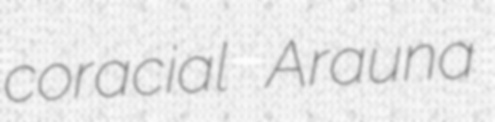
coracial Arauna